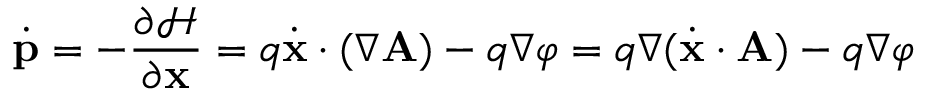
{ \dot { \mathbf { p } } } = - { \frac { \partial { \mathcal { H } } } { \partial \mathbf { x } } } = q { \dot { \mathbf { x } } } \cdot ( { \boldsymbol { \nabla } } \mathbf { A } ) - q { \boldsymbol { \nabla } } \varphi = q { \boldsymbol { \nabla } } ( { \dot { \mathbf { x } } } \cdot \mathbf { A } ) - q { \boldsymbol { \nabla } } \varphi